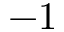
- 1